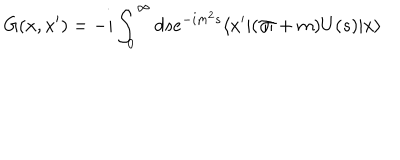
G ( x , x ^ { \prime } ) = - i \int _ { 0 } ^ { \infty } d s e ^ { - i m ^ { 2 } s } \langle x ^ { \prime } \vert ( \not { \! \Pi } + m ) U ( s ) \vert x \rangle